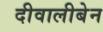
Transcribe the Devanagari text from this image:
दीवालीबेन